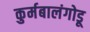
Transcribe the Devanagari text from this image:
कुर्मबालंगोडू